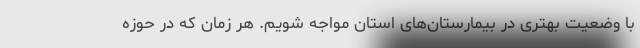
با وضعیت بهتری در بیمارستان‌های استان مواجه شویم. هر زمان که در حوزه